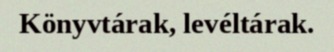
Könyvtárak, levéltárak.